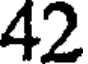
42